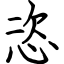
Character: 恣